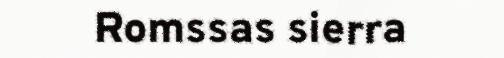
Romssas sierra